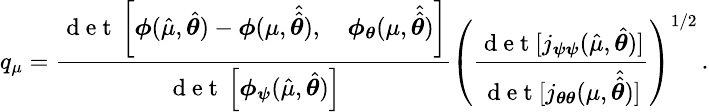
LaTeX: \small q_{\mu}=\frac{\mathrm{~d~e~t~}\left[\boldsymbol{\phi}(\hat{\mu},\hat{\boldsymbol{\theta}})-\boldsymbol{\phi}(\mu,\hat{\hat{\boldsymbol{\theta}}}),\quad\boldsymbol{\phi}_{\boldsymbol{\theta}}(\mu,\hat{\hat{\boldsymbol{\theta}}})\right]}{\mathrm{~d~e~t~}\left[\boldsymbol{\phi}_{\boldsymbol{\psi}}(\hat{\mu},\hat{\boldsymbol{\theta}})\right]}\left(\frac{\mathrm{~d~e~t~}[j_{\boldsymbol{\psi}\boldsymbol{\psi}}(\hat{\mu},\hat{\boldsymbol{\theta}})]}{\mathrm{~d~e~t~}[j_{\boldsymbol{\theta}\boldsymbol{\theta}}(\mu,\hat{\hat{\boldsymbol{\theta}}})]}\right)^{1/2}\, .